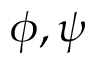
\phi , \psi